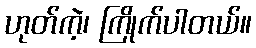
ဟုတ်ကဲ့၊ ကြိုက်ပါတယ်။